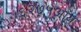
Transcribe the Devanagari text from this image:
६२७५आय